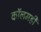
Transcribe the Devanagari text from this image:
कॉलमही